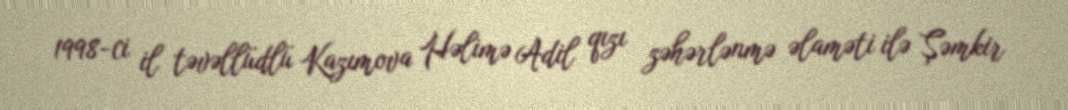
1998-ci il təvəllüdlü Kazımova Həlimə Adil qızı zəhərlənmə əlaməti ilə Şəmkir